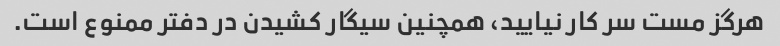
هرگز مست سر کار نیایید، همچنین سیگار کشیدن در دفتر ممنوع است.